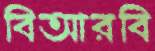
বিআরবি